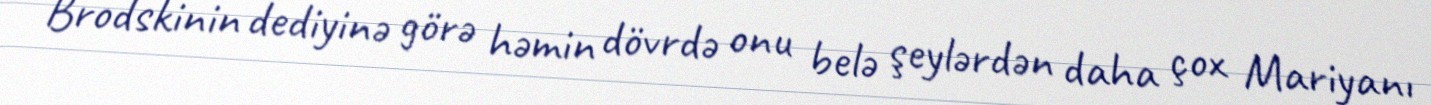
Brodskinin dediyinə görə həmin dövrdə onu belə şeylərdən daha çox Mariyanı